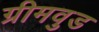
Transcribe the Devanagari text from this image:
ग्रीमवुड